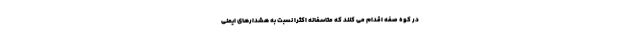
در کوه صفه اقدام می کنند که متاسفانه اکثرا نسبت به هشدارهای ایمنی